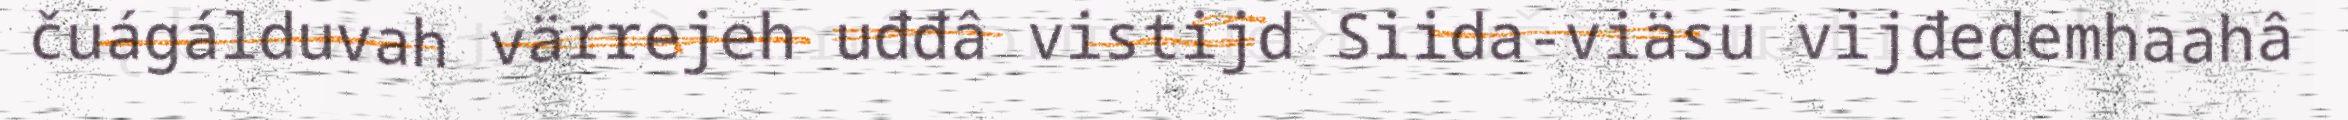
čuágálduvah värrejeh uđđâ vistijd Siida-viäsu vijđedemhaahâ